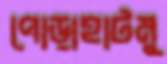
পোড়াহাটমু